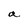
Character: a